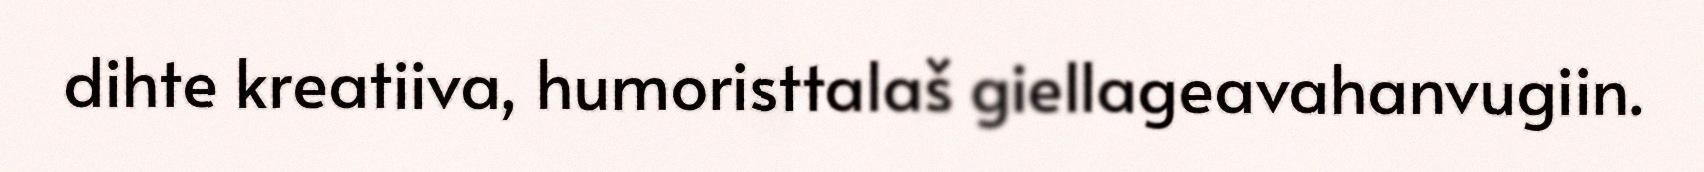
dihte kreatiiva, humoristtalaš giellageavahanvugiin.